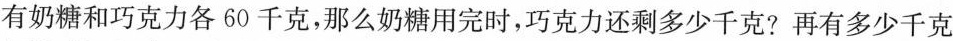
有奶糖和巧克力各60千克，那么奶糖用完时，巧克力还剩多少千克？再有多少千克